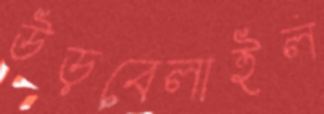
উড়বেলাইল